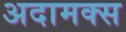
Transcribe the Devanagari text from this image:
अदामक्स